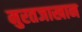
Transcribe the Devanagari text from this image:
मुरतजाखान